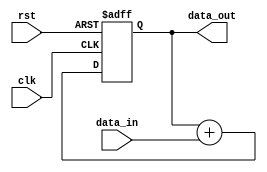
module fixed_point_accumulator(
    input wire clk,
    input wire rst,
    input wire [N-1:0] data_in,
    output wire [N-1:0] data_out
);

// Parameters
parameter N = 16; // Data width
parameter M = 8; // Number of fractional bits

// Internal registers
reg [N-1:0] sum;

// Accumulator logic
always @(posedge clk or posedge rst) begin
    if (rst) begin
        sum <= 0;
    end else begin
        sum <= sum + data_in;
    end
end

// Output data
assign data_out = sum;

endmodule